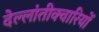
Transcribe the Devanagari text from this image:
देल्लांतीक्वारियों